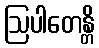
ဩပါတေန္တိ